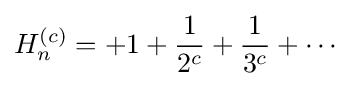
H_{n}^{(c)}=+1+{\frac {1}{2^{c}}}+{\frac {1}{3^{c}}}+\cdots